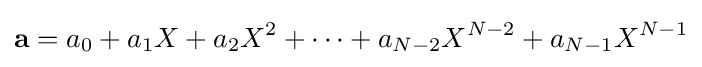
{\textbf {a}}=a_{0}+a_{1}X+a_{2}X^{2}+\cdots +a_{N-2}X^{N-2}+a_{N-1}X^{N-1}